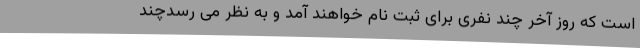
است که روز آخر چند نفری برای ثبت نام خواهند آمد و به نظر می رسدچند